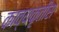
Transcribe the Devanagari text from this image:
काव्यकृतीस